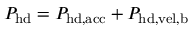
P _ { \mathrm { h d } } = P _ { \mathrm { h d , a c c } } + P _ { \mathrm { h d , v e l , b } }